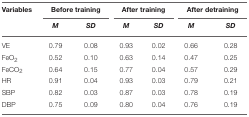
<table><thead><tr><td><b>Variables</b></td><td colspan="2"><b>Before training</b></td><td colspan="2"><b>After training</b></td><td colspan="2"><b>After detraining</b></td></tr><tr><td></td><td><b><i>M</i></b></td><td><b><i>SD</i></b></td><td><b><i>M</i></b></td><td><b><i>SD</i></b></td><td><b><i>M</i></b></td><td><b><i>SD</i></b></td></tr></thead><tbody><tr><td>VE</td><td>0.79</td><td>0.08</td><td>0.93</td><td>0.02</td><td>0.66</td><td>0.28</td></tr><tr><td>FeO<sub>2</sub></td><td>0.52</td><td>0.10</td><td>0.63</td><td>0.14</td><td>0.47</td><td>0.25</td></tr><tr><td>FeCO<sub>2</sub></td><td>0.64</td><td>0.15</td><td>0.77</td><td>0.04</td><td>0.57</td><td>0.29</td></tr><tr><td>HR</td><td>0.91</td><td>0.04</td><td>0.93</td><td>0.03</td><td>0.79</td><td>0.21</td></tr><tr><td>SBP</td><td>0.82</td><td>0.03</td><td>0.87</td><td>0.03</td><td>0.78</td><td>0.19</td></tr><tr><td>DBP</td><td>0.75</td><td>0.09</td><td>0.80</td><td>0.04</td><td>0.76</td><td>0.19</td></tr></tbody></table>